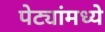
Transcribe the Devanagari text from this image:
पेट्यांमध्ये